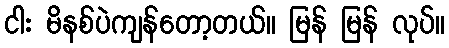
ငါး မိနစ်ပဲကျန်တော့တယ်။ မြန် မြန် လုပ်။